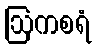
ဩကစရံ